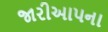
જારીઆપના